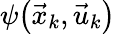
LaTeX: \psi\big(\vec{x}_{k},\vec{u}_{k}\big)